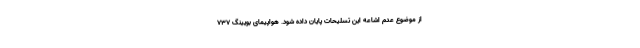
از موضوع عدم اشاعه این تسلیحات پایان داده شود. هواپیمای بویینگ ۷۳۷